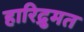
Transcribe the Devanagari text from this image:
हारिद्रुमत